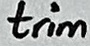
Text: trim